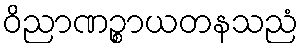
ဝိညာဏဉ္စာယတနသညံ